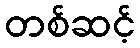
တစ်ဆင့်